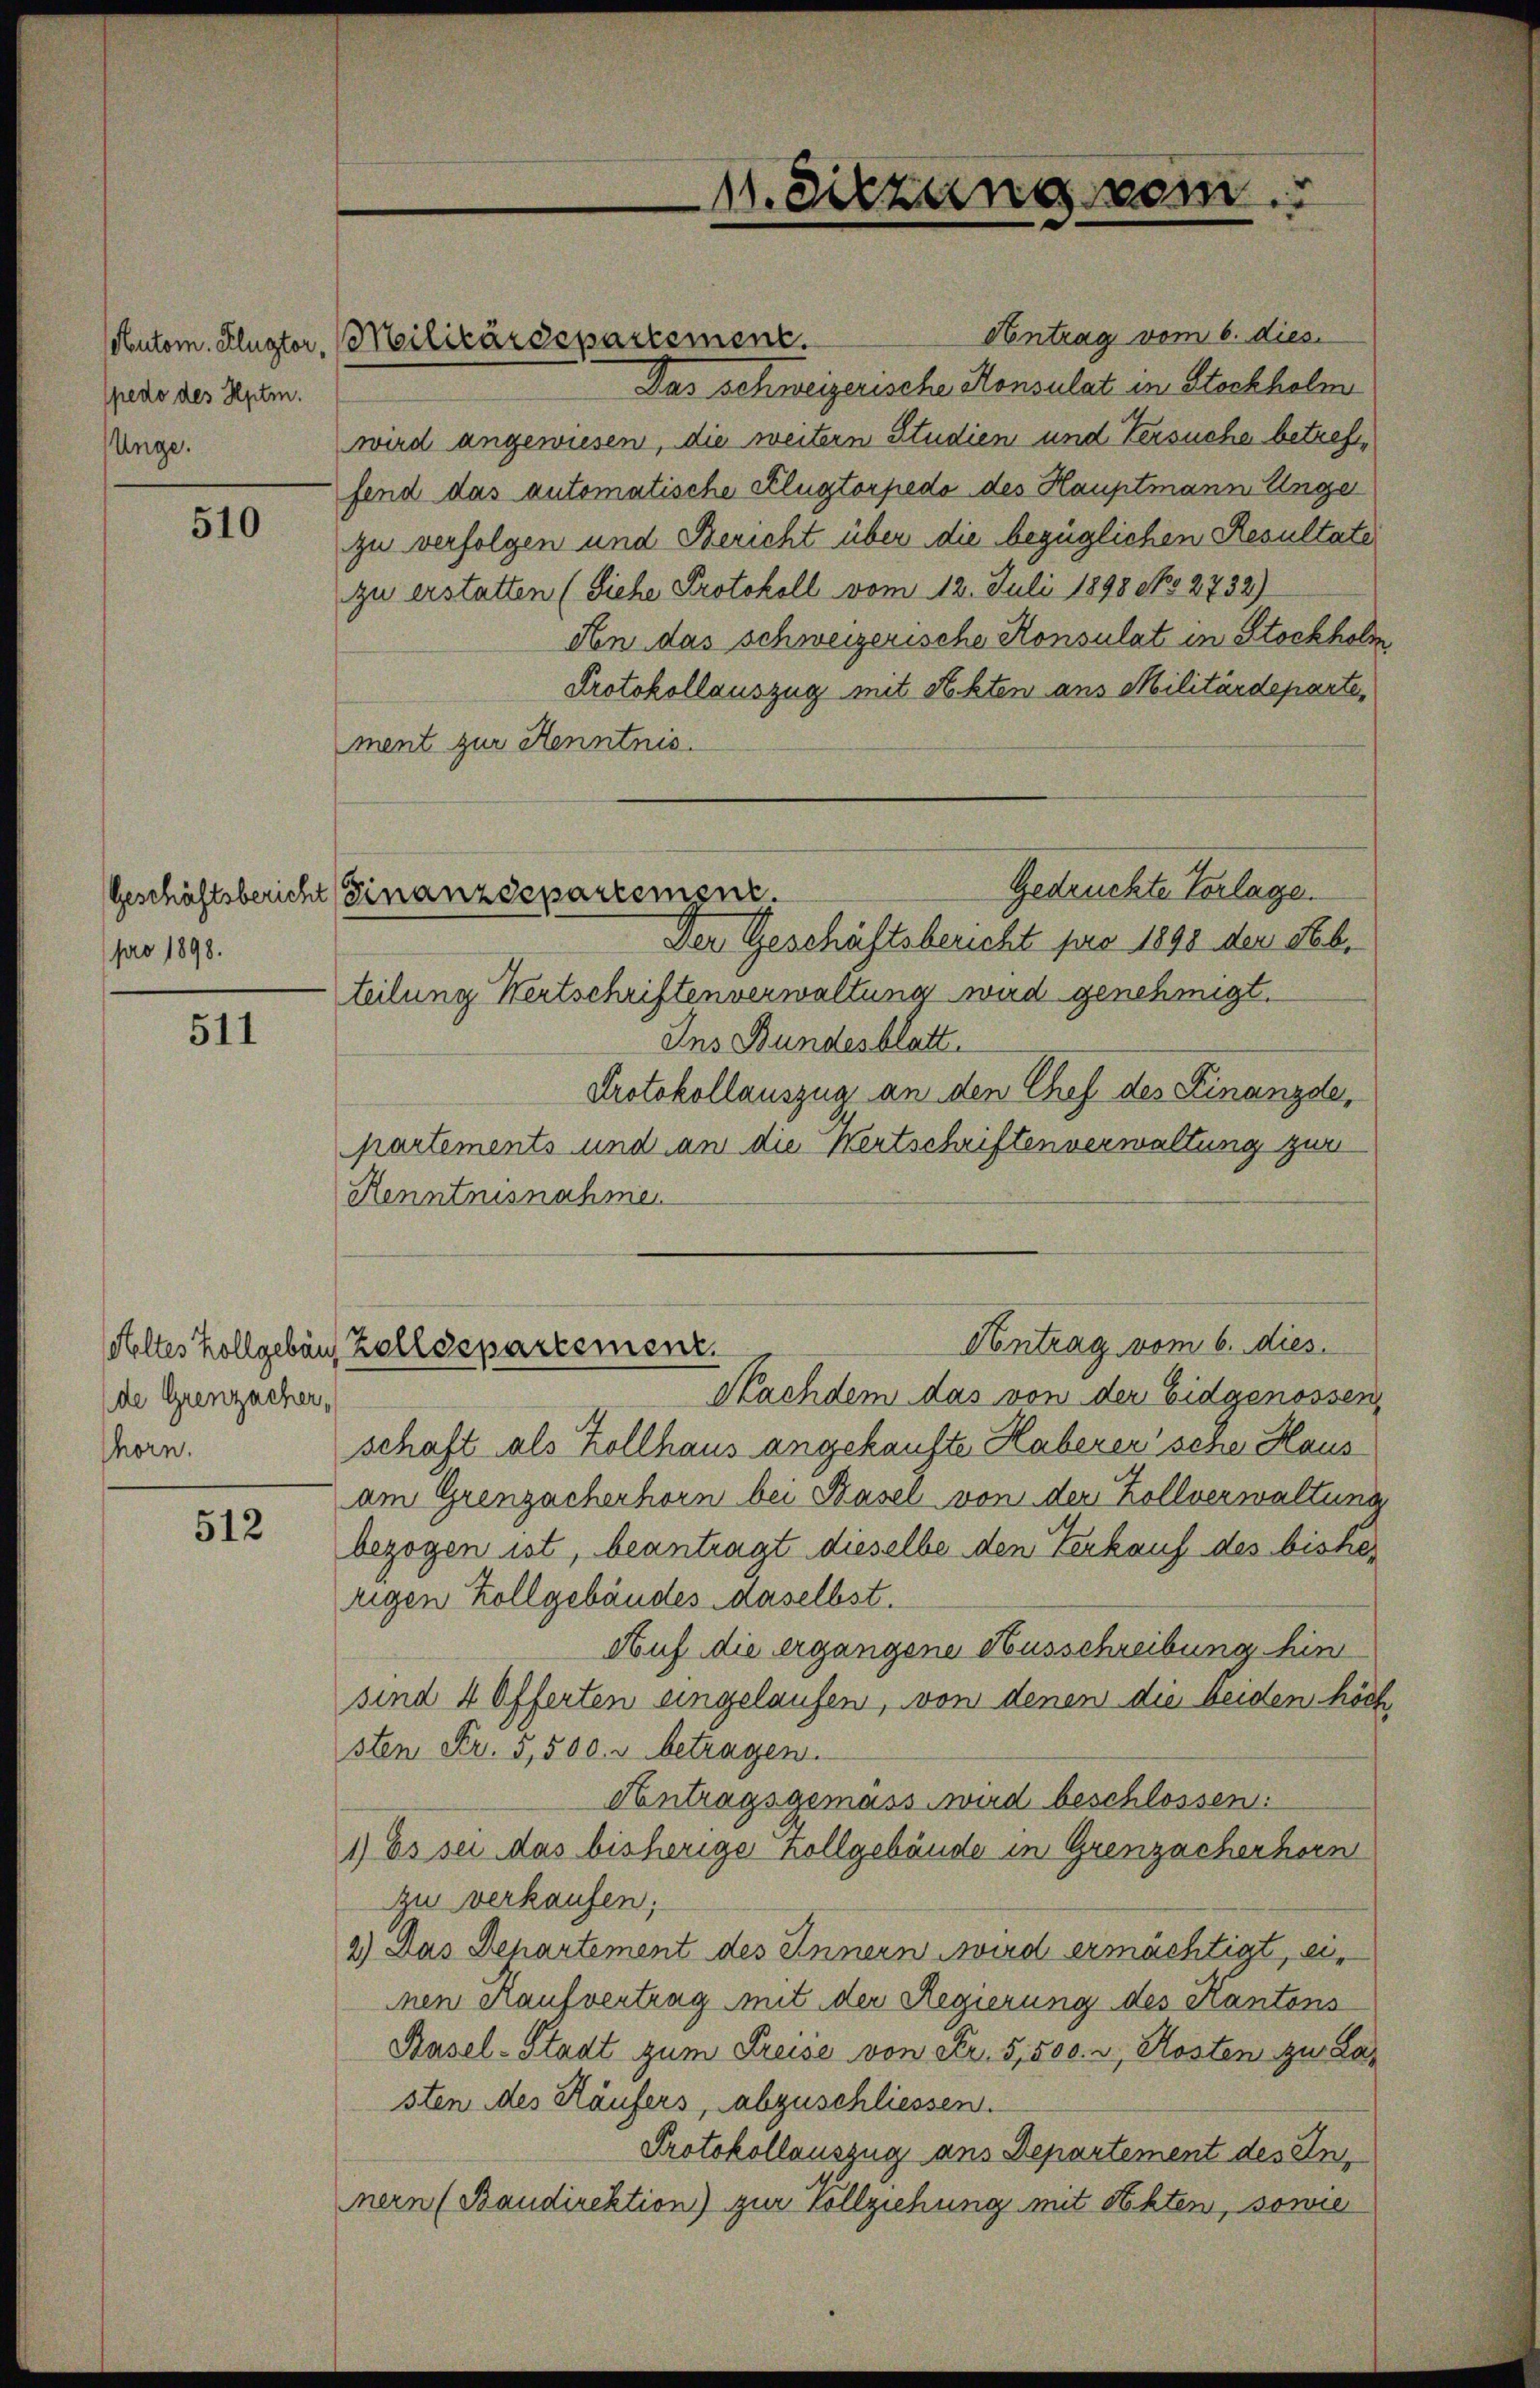
pedo des Hptm.
Unge.

510

pro 1898.

511

de Grenzacher,
Thorn.

512

Autom. Flugter, Militärdepartement.

Antrag vom 6. dies
Das schweizerische Konsulat in Stockholm
wird angewiesen, die weitern Studien und Versuche betrefffend das automatische Klugtorpedo des Hauptmann Unge
zu verfolgen und Bericht über die bezüglichen Resultate
zu erstatten (Siehe Protokoll vom 12. Juli 1898 No 2732)
An das schweizerische Konsulat in Stockholte
Protokollauszug mit Rechten aus Militärdeparte
ment zur Henntnis.
Gedrückte Vorlage.
Der Geschäftsbericht pro 1891 der Seb.
teilung Wertschriftenverwaltung wird genehmigt.
Ins Bundesblatt.
Protokollauszug an den Chef des Finanzde,
partements und an die Wertschriftenverwaltung zur
Kenntnisnahmen
Antrag vom 6. dies
Heltes Zollgebäu, Zolldepartement.
Nachdem das von der Eidgenossen,
schaft als Zollhaus angekaufte Haberer sene Haus
am Grenzacherhorn bei Basel von der Zollverwaltung
bezogen ist, beantragt dieselbe den Verkauf des bishezigen Zollgebäudes daselbst.
Auf die ergangene Ausschreibung hin
sind 4 Offerten eingelaufen, von denen die beiden höch
sten Fr. 5,500. u betragen.
Antragsgemäss wird beschlossen:
1) Es sei das bisheriger Kollgebäude in Grenzacherhorn
zu verkaufen;
2) Das Departement des Innern wird ermächtigt, ei
nen Kaufvertrag mit der Regierung des Kantons
Basel-Stadt zum Preise von Fr. 5,500. u Kosten zu Lasten des Käufers, abzuschliessen.
Protokollauszug aus Departement des Innern (Baudirektion) zur Vollziehung mit Akten, sowie

Geschäftsbericht (Finanzdepartement.

11. Sitzung vom